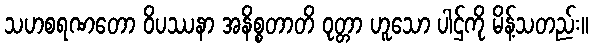
သဟစရဏတော ဝိပဿနာ အနိစ္စတာတိ ဝုတ္တာ ဟူသော ပါဌ်ကို မိန့်သတည်း။